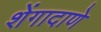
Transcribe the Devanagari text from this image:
शेंगादाणे